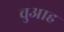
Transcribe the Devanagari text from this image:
वुआह